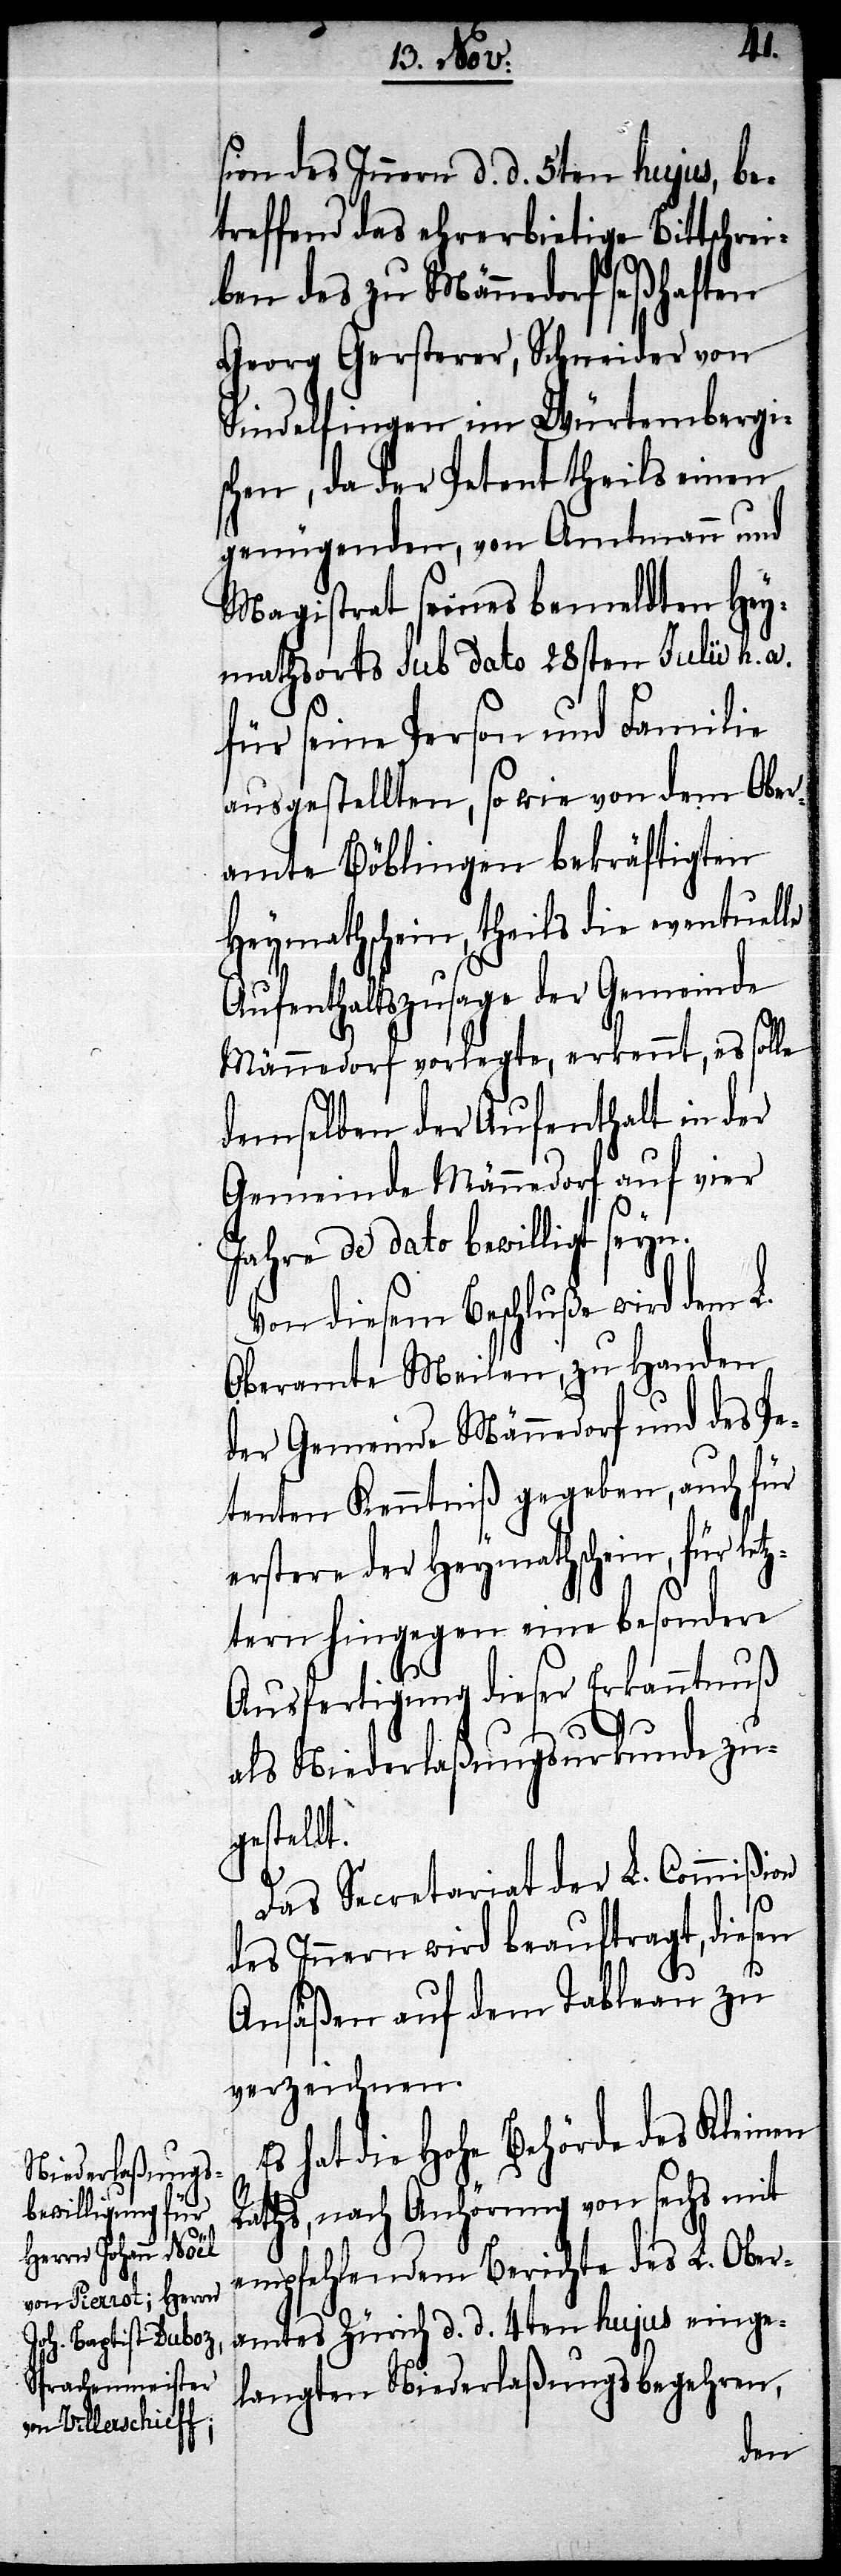
sion des Innern d. d. 5ten hujus, be¬
treffend das ehrerbietige Bittschrei¬
ben des zu Männedorf seßhaften
Georg Gersterer, Schneider von
Sindelfingen im Würtembergi¬
schen, da der Petent theils einen
genügenden, von Amtmann und
Magistrat seines bemeldten Hey¬
mathorts sub dato 28sten July h. a.
für seine Person und Familie
ausgestellten, so wie von dem Ober¬
amte Böblingen bekräftigten
Heymathschein, theils die eventuel¬
Aufenthaltszusage der Gemeinde
Männedorf vorlegte, erkennt, es solle
demselben der Aufenthalt in der
Gemeinde Männedorf auf vier
Jahre de dato bewilligt seyn.
Von diesem Beschluße wird dem L.
Oberamte Meilen zu Handen
der Gemeinde Männedorf und des Pe¬
tenten Kenntniß gegeben, auch für
erstere der Heymathschein, für let¬
ztern hingegen eine besondere
Ausfertigung dieser Erkanntnuß
als Niederlaßungsurkunde zu¬
gestellt.
Das Secretariat der L. Commißion
des Innern wird beauftragt, diesen
Ansäßen auf dem Tableau zu
verzeichnen.
Es hat die Hohe Behörde des Kleinen
Raths, nach Anhörung von sechs mit
empfehlendem Berichte des L. Ober¬
amtes Zürich d. d. 4ten hujus einge¬
langten Niederlaßungsbegehren,
le